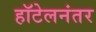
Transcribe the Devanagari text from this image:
हॉटेलनंतर